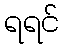
ရရင်